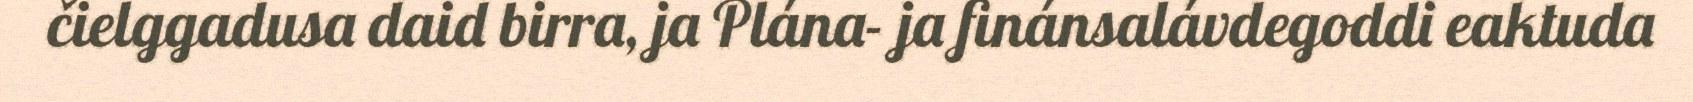
čielggadusa daid birra, ja Plána- ja finánsalávdegoddi eaktuda